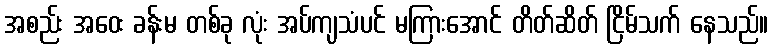
အစည်း အဝေး ခန်းမ တစ်ခု လုံး အပ်ကျသံပင် မကြားအောင် တိတ်ဆိတ် ငြိမ်သက် နေသည်။